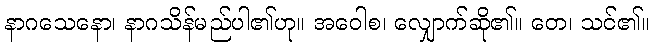
နာဂသေနော၊ နာဂသိန်မည်ပါ၏ဟု။ အဝေါစ၊ လျှောက်ဆို၏။ တေ၊ သင်၏။